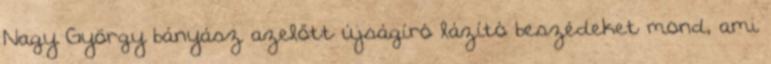
Nagy György bányász azelőtt újságíró lázító beszédeket mond, ami